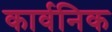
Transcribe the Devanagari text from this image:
कार्वनिक